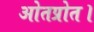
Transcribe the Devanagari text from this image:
ओतप्रोत।